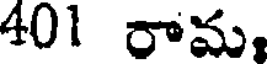
401 రామ.